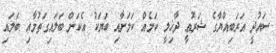
ސައުދީ އަރަބިއްޔާގެ ޝަރުޢީ ދާޚިލީ ކަމެއް ކަމަށާއި ބަޔަކު އެކަން ބަލައިގަތުމާއި ބަލައި